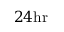
2 4 \mathrm { h r }